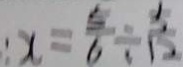
\therefore x = \frac { 6 } { 6 } \div \frac { 5 } { 1 2 }